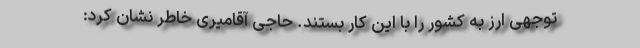
توجهی ارز به کشور را با این کار بستند. حاجی آقامیری خاطر نشان کرد: